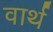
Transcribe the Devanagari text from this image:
वार्थ